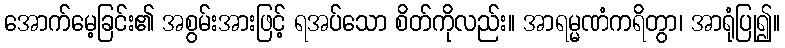
အောက်မေ့ခြင်း၏ အစွမ်းအားဖြင့် ရအပ်သော စိတ်ကိုလည်း။ အာရမ္မဏံကရိတွာ၊ အာရုံပြု၍။